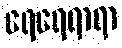
ရေရေရာရာ